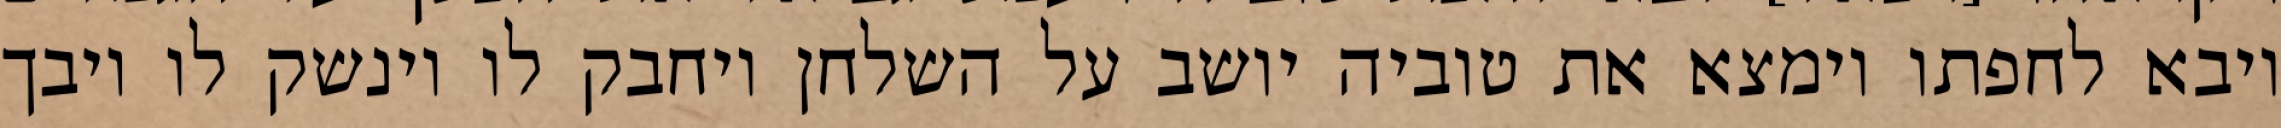
ויבא לחפתו וימצא את טוביה יושב על השלחן ויחבק לו וינשק לו ויבך